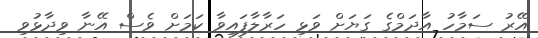
އޭރު ސަމާހު އާދަމްގެ ގަޔަށް ވަޅި ހަރާލާފައިވާ ކަމަށް ވެސް އޭނާ ވިދާޅުވި